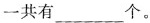
一共有___个。